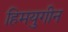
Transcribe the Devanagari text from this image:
हिमयुगीन